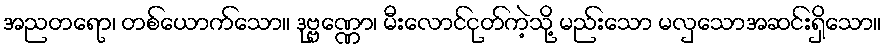
အညတရော၊ တစ်ယောက်သော။ ဒုဗ္ဗဏ္ဏော၊ မီးလောင်ငုတ်ကဲ့သို့ မည်းသော မလှသောအဆင်းရှိသော။